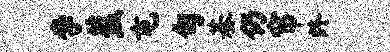
李蕉屯旬基仍帘终